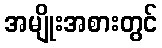
အမျိုးအစားတွင်